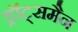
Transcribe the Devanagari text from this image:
ड्रॉट्समैन